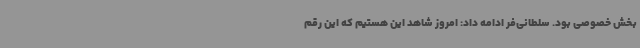
بخش خصوصی بود. سلطانی‌فر ادامه داد: امروز شاهد این هستیم که این رقم